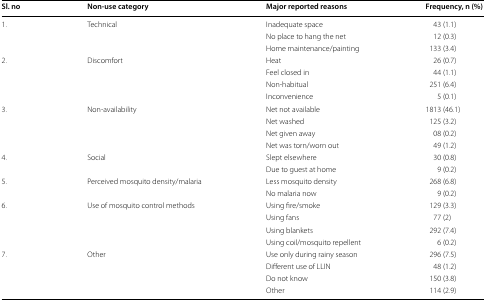
| Sl. no | Non-use category | Major reported reasons | Frequency, n (%) |
 | --- | --- | --- | --- |
 | <ROWSPAN=3> 1. | <ROWSPAN=3> Technical | Inadequate space | 43 (1.1) |
 | No place to hang the net | 12 (0.3) |
 | Home maintenance/painting | 133 (3.4) |
 | <ROWSPAN=4> 2. | <ROWSPAN=4> Discomfort | Heat | 26 (0.7) |
 | Feel closed in | 44 (1.1) |
 | Non-habitual | 251 (6.4) |
 | Inconvenience | 5 (0.1) |
 | <ROWSPAN=4> 3. | <ROWSPAN=4> Non-availability | Net not available | 1813 (46.1) |
 | Net washed | 125 (3.2) |
 | Net given away | 08 (0.2) |
 | Net was torn/worn out | 49 (1.2) |
 | <ROWSPAN=2> 4. | <ROWSPAN=2> Social | Slept elsewhere | 30 (0.8) |
 | Due to guest at home | 9 (0.2) |
 | <ROWSPAN=2> 5. | <ROWSPAN=2> Perceived mosquito density/malaria | Less mosquito density | 268 (6.8) |
 | No malaria now | 9 (0.2) |
 | <ROWSPAN=4> 6. | <ROWSPAN=4> Use of mosquito control methods | Using fire/smoke | 129 (3.3) |
 | Using fans | 77 (2) |
 | Using blankets | 292 (7.4) |
 | Using coil/mosquito repellent | 6 (0.2) |
 | <ROWSPAN=4> 7. | <ROWSPAN=4> Other | Use only during rainy season | 296 (7.5) |
 | Different use of LLIN | 48 (1.2) |
 | Do not know | 150 (3.8) |
 | Other | 114 (2.9) |